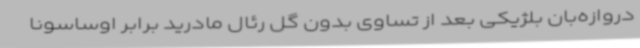
دروازه‌بان بلژیکی بعد از تساوی بدون گل رئال مادرید برابر اوساسونا